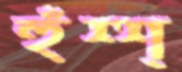
হুঁশ্শ্